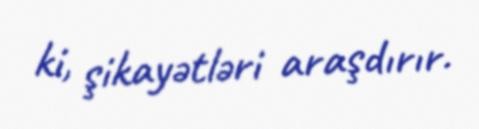
ki, şikayətləri araşdırır.